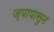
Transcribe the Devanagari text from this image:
ज्यापासुन